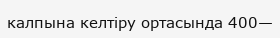
калпына келтіру ортасында 400—